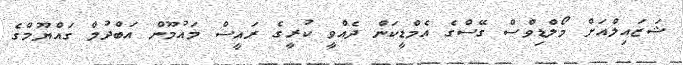
ޝަޒައިލްއަށް މޯލްޑިވްސް ގޭސްގެ އެމްޑީކަން ދެއްވީ ކުރީގެ ރައީސް މައުމޫން އަބްދުލް ގައްޔޫމްގެ